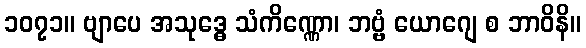
၁၀၇၁။ ဗျာပေ အသုဒ္ဓေ သံကိဏ္ဏော၊ ဘဗ္ဗံ ယောဂျေ စ ဘာဝိနိ။